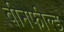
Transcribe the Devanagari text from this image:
बीनफील्ड